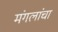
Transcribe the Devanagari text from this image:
मंगलांचा